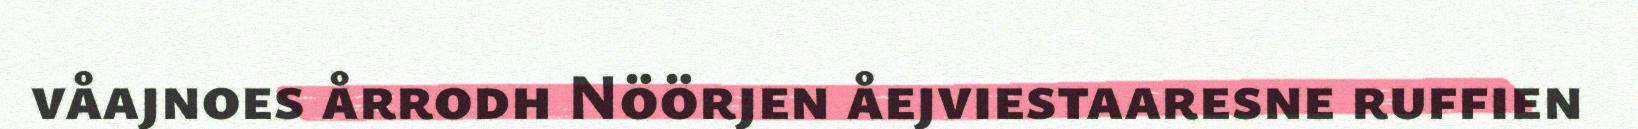
våajnoes årrodh Nöörjen åejviestaaresne ruffien